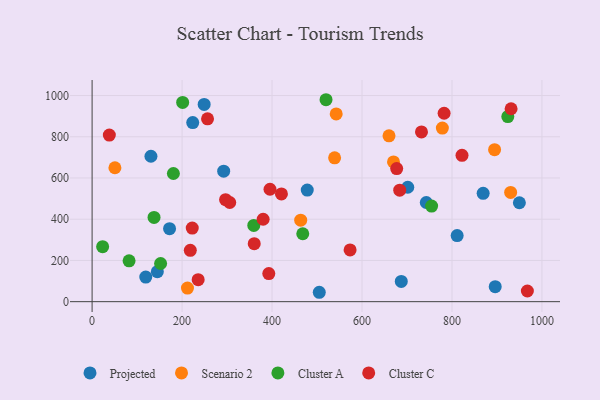
{"axis": {"x": "Price", "y": "Yield"}, "legend": ["Cluster A", "Cluster C", "Projected", "Scenario 2"], "data": [{"x": "687.3", "y": 98.4, "type": "Projected"}, {"x": "869.3", "y": 525.4, "type": "Projected"}, {"x": "896.1", "y": 73.0, "type": "Projected"}, {"x": "505.0", "y": 45.6, "type": "Projected"}, {"x": "811.5", "y": 320.7, "type": "Projected"}, {"x": "172.2", "y": 354.3, "type": "Projected"}, {"x": "949.8", "y": 480.0, "type": "Projected"}, {"x": "742.9", "y": 481.0, "type": "Projected"}, {"x": "119.3", "y": 119.4, "type": "Projected"}, {"x": "249.1", "y": 956.8, "type": "Projected"}, {"x": "478.3", "y": 541.4, "type": "Projected"}, {"x": "223.7", "y": 868.9, "type": "Projected"}, {"x": "145.0", "y": 145.3, "type": "Projected"}, {"x": "292.5", "y": 633.2, "type": "Projected"}, {"x": "130.8", "y": 705.5, "type": "Projected"}, {"x": "701.7", "y": 555.2, "type": "Projected"}, {"x": "894.7", "y": 737.3, "type": "Scenario 2"}, {"x": "463.7", "y": 395.6, "type": "Scenario 2"}, {"x": "212.0", "y": 66.2, "type": "Scenario 2"}, {"x": "539.1", "y": 697.9, "type": "Scenario 2"}, {"x": "670.0", "y": 678.1, "type": "Scenario 2"}, {"x": "930.4", "y": 530.0, "type": "Scenario 2"}, {"x": "542.6", "y": 911.0, "type": "Scenario 2"}, {"x": "50.7", "y": 649.8, "type": "Scenario 2"}, {"x": "660.0", "y": 804.4, "type": "Scenario 2"}, {"x": "778.6", "y": 842.3, "type": "Scenario 2"}, {"x": "359.4", "y": 370.0, "type": "Cluster A"}, {"x": "137.7", "y": 408.8, "type": "Cluster A"}, {"x": "754.7", "y": 463.9, "type": "Cluster A"}, {"x": "180.7", "y": 621.8, "type": "Cluster A"}, {"x": "520.0", "y": 979.7, "type": "Cluster A"}, {"x": "152.3", "y": 185.2, "type": "Cluster A"}, {"x": "924.1", "y": 897.9, "type": "Cluster A"}, {"x": "201.3", "y": 966.8, "type": "Cluster A"}, {"x": "468.3", "y": 329.6, "type": "Cluster A"}, {"x": "23.4", "y": 267.0, "type": "Cluster A"}, {"x": "82.2", "y": 198.3, "type": "Cluster A"}, {"x": "420.9", "y": 522.8, "type": "Cluster C"}, {"x": "222.6", "y": 357.1, "type": "Cluster C"}, {"x": "822.3", "y": 709.8, "type": "Cluster C"}, {"x": "395.5", "y": 545.4, "type": "Cluster C"}, {"x": "38.3", "y": 808.2, "type": "Cluster C"}, {"x": "782.5", "y": 914.2, "type": "Cluster C"}, {"x": "360.4", "y": 281.6, "type": "Cluster C"}, {"x": "218.3", "y": 249.2, "type": "Cluster C"}, {"x": "392.8", "y": 136.1, "type": "Cluster C"}, {"x": "296.7", "y": 494.6, "type": "Cluster C"}, {"x": "967.6", "y": 51.7, "type": "Cluster C"}, {"x": "677.1", "y": 645.5, "type": "Cluster C"}, {"x": "235.8", "y": 106.5, "type": "Cluster C"}, {"x": "256.6", "y": 886.8, "type": "Cluster C"}, {"x": "683.8", "y": 540.8, "type": "Cluster C"}, {"x": "931.4", "y": 935.9, "type": "Cluster C"}, {"x": "573.5", "y": 250.9, "type": "Cluster C"}, {"x": "306.0", "y": 481.2, "type": "Cluster C"}, {"x": "380.2", "y": 399.8, "type": "Cluster C"}, {"x": "732.2", "y": 823.6, "type": "Cluster C"}]}